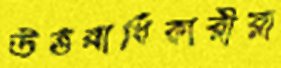
উত্তরাধিকারীরা